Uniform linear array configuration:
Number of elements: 48
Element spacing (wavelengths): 0.25
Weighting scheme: uniform
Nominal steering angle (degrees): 15
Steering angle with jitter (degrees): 14.026
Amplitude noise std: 0.05
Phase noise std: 0.05

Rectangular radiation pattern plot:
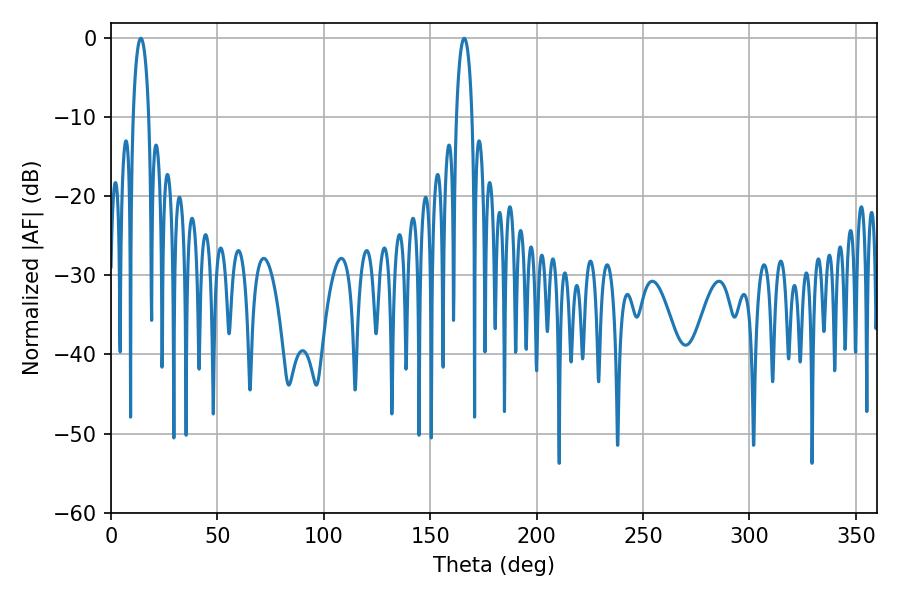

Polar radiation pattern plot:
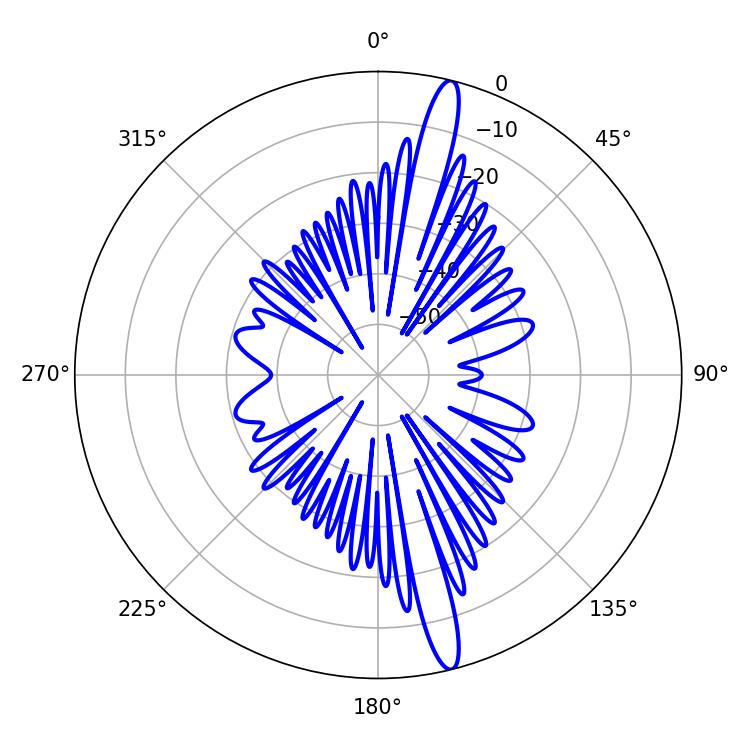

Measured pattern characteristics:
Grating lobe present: FALSE
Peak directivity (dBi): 16.851
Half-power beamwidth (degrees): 4.32
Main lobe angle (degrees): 14.04